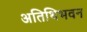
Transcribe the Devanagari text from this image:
अतिथिभवन